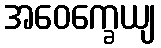
အဝေက္ခေယျ